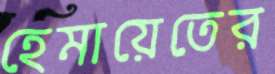
হেমায়েতের